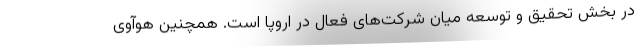
در بخش تحقیق و توسعه میان شرکت‌های فعال در اروپا است. همچنین هوآوی